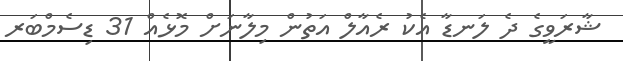
ޝާރަވީގެ ދެ ލަނޑާ އެކު ރެއާލް އަތުން މިލާނަށް މޮޅެއް 31 ޑިސެމްބަރ